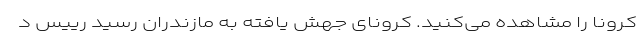
کرونا را مشاهده می‌کنید. کرونای جهش یافته به مازندران رسید رییس د